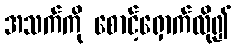
အသက်ကို စောင့်ရှောက်လို၍